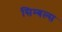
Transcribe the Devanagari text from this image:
सिम्बल्स